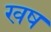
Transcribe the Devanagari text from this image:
खष